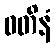
ဝတိနံ